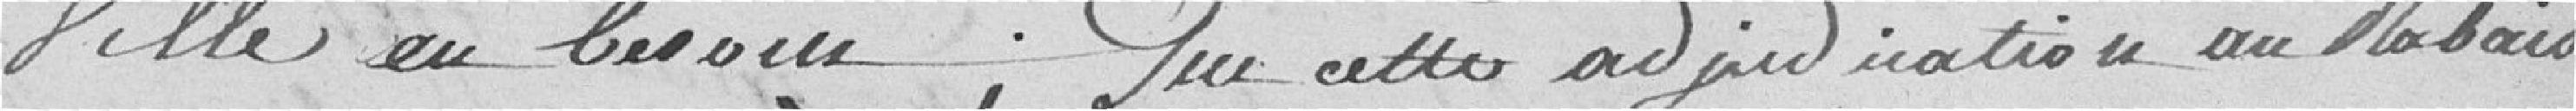
Ville en besoin; que cette adjudication au Rabais